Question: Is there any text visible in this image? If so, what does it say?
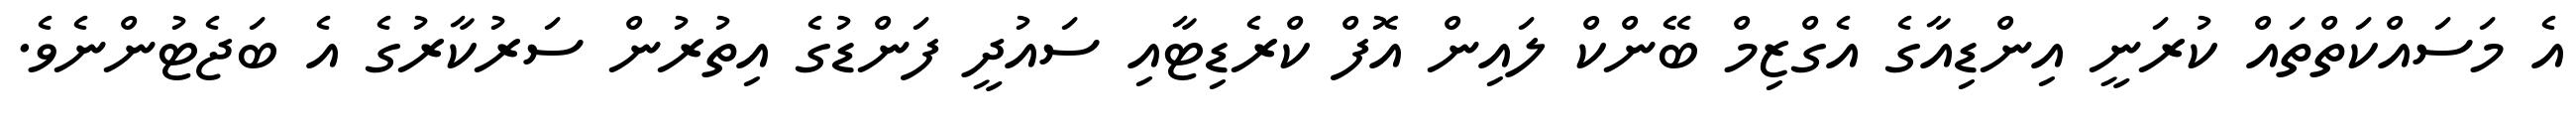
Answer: އެ މަސައްކަތްތައް ކުރަނީ އިންޑިއާގެ އެގްޒިމް ބޭންކް ލައިން އޮފް ކްރެޑިޓާއި ސައުދީ ފަންޑުގެ އިތުރުން ސަރުކާރުގެ އެ ބަޖެޓުންނެވެ.